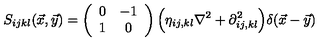
S _ { i j k l } ( \vec { x } , \vec { y } ) = \left( \begin{array} { c c } { 0 } & { - 1 } \\ { 1 } & { 0 } \\ \end{array} \right) \Bigl ( \eta _ { i j , k l } \nabla ^ { 2 } + \partial _ { i j , k l } ^ { 2 } \Bigr ) \delta ( \vec { x } - \vec { y } )